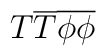
T\overline{T}\overline{\phi }\overline{\phi }\protect